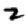
Digit: 2